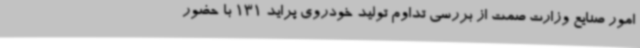
امور صنایع وزارت صمت از بررسی تداوم تولید خودروی پراید 131 با حضور